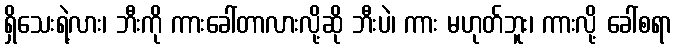
ရှိသေးရဲ့လား၊ ဘီးကို ကားခေါ်တာလားလို့ဆို ဘီးပဲ၊ ကား မဟုတ်ဘူး၊ ကားလို့ ခေါ်စရာ